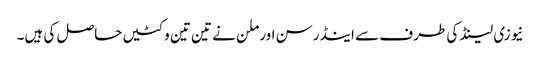
نیوزی لینڈ کی طرف سے اینڈرسن اور ملن نے تین تین وکٹیں حاصل کی ہیں۔